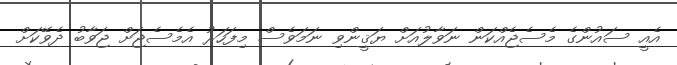
އެއީ ސައުންގެ މެސެޖެއްކަން ނަވާލުއަށް ޔަޤީންވި ނަމަވެސް މިފަހަރު އެމެސެޖަށް ޖަވާބު ދެވޭކަށް